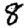
Digit: 8